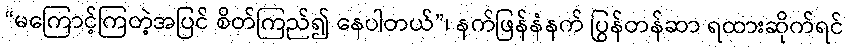
“မကြောင့်ကြတဲ့အပြင် စိတ်ကြည်၍ နေပါတယ်”၊ နက်ဖြန်နံနက် ပြွန်တန်ဆာ ရထားဆိုက်ရင်